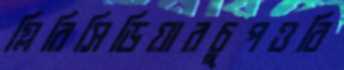
গ্লিরিসিডিয়ারচুপওবি